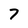
Character: 7